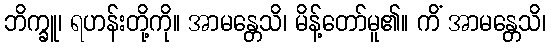
ဘိက္ခူ၊ ရဟန်းတို့ကို။ အာမန္တေသိ၊ မိန့်တော်မူ၏။ ကိံ အာမန္တေသိ၊